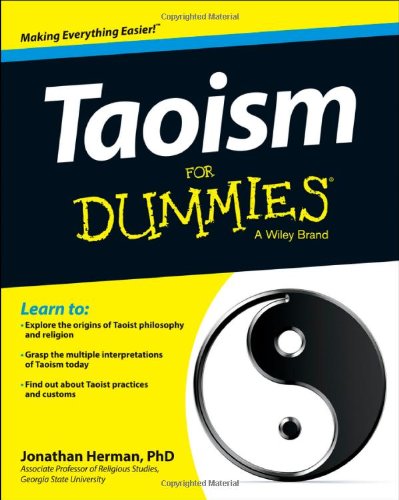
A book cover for Taoism For Dummies; Jonathan Herman; Religion & Spirituality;